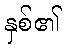
နှစ်၏